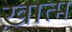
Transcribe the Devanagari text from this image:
ख़ात्म